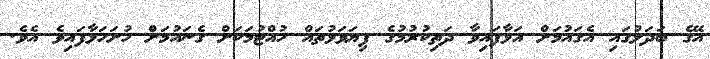
އޭގެ ބަދަލުގައި އެގައުމަށް އަޅާފައިވާ ދަތިކުރުމުގެ ފިޔަވަޅުތައް ހުއްޓުމަކަށް ގެނައުމަށް ހުށަހަޅާފައިވެ އެވެ.